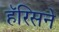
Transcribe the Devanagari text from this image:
हॅरिसने